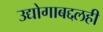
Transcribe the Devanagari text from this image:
उद्योगाबद्दलही